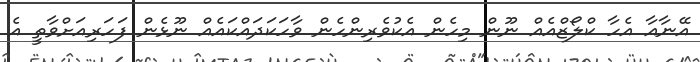
އޭނާއާ އެހާ ކްލޯޒްއެއް ނޫން މިހެން އެކުވެރިންހެން ވާހަކަދައްކައެއް ނޫޅެން ފަހަރިއަށްވާތީ އެ